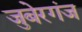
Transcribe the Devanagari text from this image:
जुबेरगंज